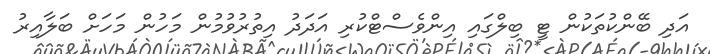
އަދި ބޭންކުތަކުން ޓީ ބިލްގައި އިންވެސްޓްކުރި އަދަދު އިތުރުވުމުން މަހުން މަހަށް ބަލާއިރު